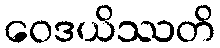
ဝေဒယိဿတိ